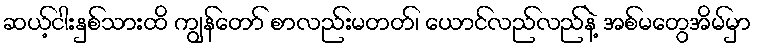
ဆယ့်ငါးနှစ်သားထိ ကျွန်တော် စာလည်းမတတ်၊ ယောင်လည်လည်နဲ့ အစ်မတွေအိမ်မှာ